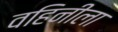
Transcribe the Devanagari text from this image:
वहिनीला